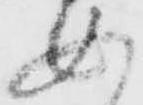
如